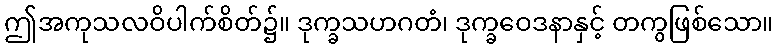
ဤအကုသလဝိပါက်စိတ်၌။ ဒုက္ခသဟဂတံ၊ ဒုက္ခဝေဒနာနှင့် တကွဖြစ်သော။